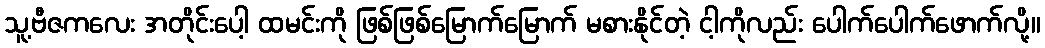
သူ့ဗီဇကလေး အတိုင်းပေါ့ ထမင်းကို ဖြစ်ဖြစ်မြောက်မြောက် မစားနိုင်တဲ့ ငါ့ကိုလည်း ပေါက်ပေါက်ဖောက်လို့။